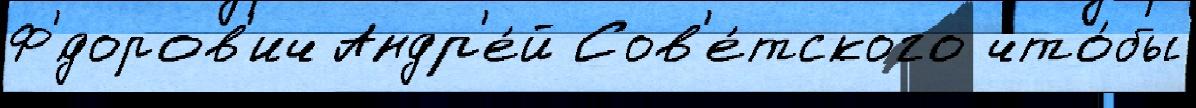
Ф'́доров'ич Андр'е́й Сов'е́тского что́бы